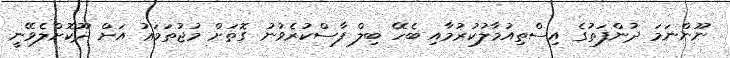
ނޫންނަމަ ދުންފަތުގެ އިސްތިއުމާލުކުރުމާއި ބެހޭ ބިލް ފާސްކުރެވުނު ގޮތަށް މުޖުތަމަޢު އަށް ދޫކޮށްލެވޭނީ